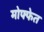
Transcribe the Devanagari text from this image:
मोफ्फेत